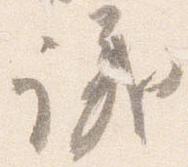
議